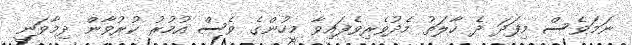
ނަމަވެސް މިފަދަ ދެ ހާލަތު މެދުވެރިވެފައިވާ މީހުންގެ ވެސް އުމުރު ކުރުވާން ދިމާވަނީ